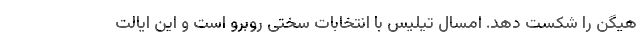
هیگن را شکست دهد. امسال تیلیس با انتخابات سختی روبرو است و این ایالت